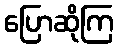
ပြောဆိုကြ